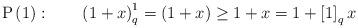
LaTeX: \begin{align*}{\rm{P}}\left(1\right): \qquad\left( {1 + x} \right)^1_q= \left({1 + x} \right) \ge 1 + x=1 + \left[ 1 \right]_q x\end{align*}